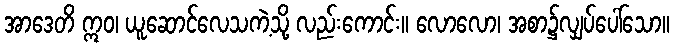
အာဒေတိ ဣဝ၊ ယူဆောင်လေသကဲ့သို့ လည်းကောင်း။ လောလော၊ အစာ၌လျှပ်ပေါ်သော။